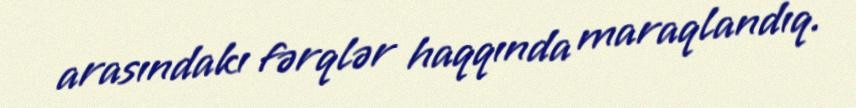
arasındakı fərqlər haqqında maraqlandıq.